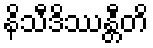
နိသီဒိဿန္တီတိ